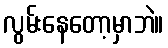
လွမ်းနေတော့မှာဘဲ။